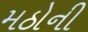
મઠોની